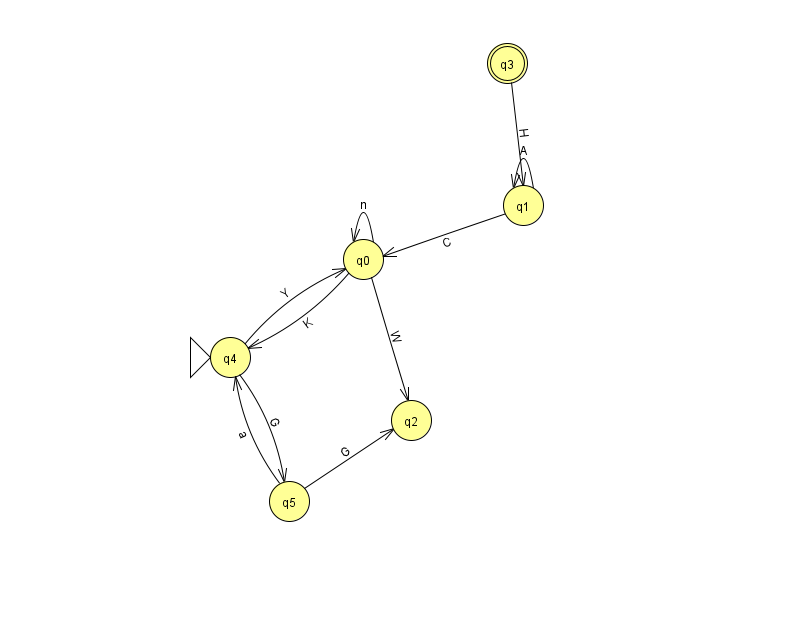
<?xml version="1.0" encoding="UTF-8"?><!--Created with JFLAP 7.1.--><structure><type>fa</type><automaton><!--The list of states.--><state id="0" name="q0"><x>363.0</x><y>246.0</y></state><state id="1" name="q1"><x>523.0</x><y>192.0</y></state><state id="2" name="q2"><x>411.0</x><y>407.0</y></state><state id="3" name="q3"><x>507.0</x><y>50.0</y><final/></state><state id="4" name="q4"><x>230.0</x><y>344.0</y><initial/></state><state id="5" name="q5"><x>289.0</x><y>488.0</y></state><!--The list of transitions.--><transition><from>0</from><to>4</to><read>K</read></transition><transition><from>3</from><to>1</to><read>H</read></transition><transition><from>1</from><to>0</to><read>C</read></transition><transition><from>1</from><to>1</to><read>A</read></transition><transition><from>0</from><to>2</to><read>W</read></transition><transition><from>4</from><to>0</to><read>Y</read></transition><transition><from>4</from><to>5</to><read>G</read></transition><transition><from>5</from><to>4</to><read>a</read></transition><transition><from>5</from><to>2</to><read>G</read></transition><transition><from>0</from><to>0</to><read>n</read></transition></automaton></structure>